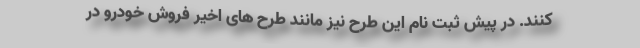
کنند. در پیش ثبت نام این طرح نیز مانند طرح های اخیر فروش خودرو در